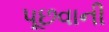
પૂછવાની